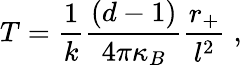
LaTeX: T=\frac{1}{k}\frac{(d-1)}{4\pi\kappa_{B}}\frac{r_{+}}{l^{2}}\; ,